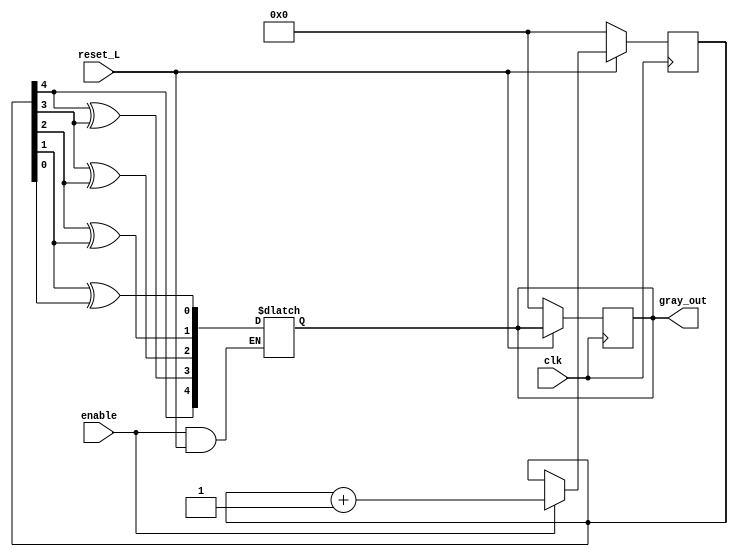
module Gray_cont(
    		input clk, 
    		input reset_L,
    		input enable, 
    		output reg [4:0] gray_out);
 
 reg n0, n1, n2,n3; 
 reg [4:0] counter; 
 
always @(*) begin
    if ((enable==1) & (reset_L==1)) begin
    
        n3 = counter[4] ^ counter[3];
        n2 = counter[3] ^ counter[2];
        n1 = counter[2] ^ counter[1];
        n0 = counter[1] ^ counter[0];
        
        gray_out[0] =n0;
        gray_out[1] =n1;
        gray_out[2] =n2;
        gray_out[3] =n3;
        gray_out[4] =counter[4];
        end
end
 
 always @ (posedge clk) begin
 
    if (reset_L==0) begin
        counter <= 'b0;
        gray_out <= 'b0;
    end
    
    else 
    	if(enable==1) begin
        counter <= counter + 1;
    end
end

endmodule